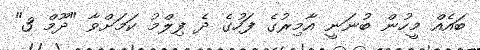
ބައެއް މީހުން ބުނަނީ އާމިރުގެ ފަހުގެ ދެ ފިލްމު ކަމަށްވާ "ދޫމް 3"